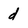
Character: d